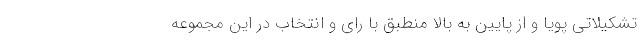
تشکیلاتی پویا و از پایین به بالا منطبق با رای و انتخاب در این مجموعه